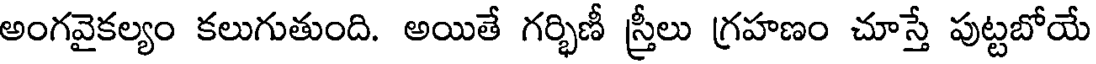
అంగవైకల్యం కలుగుతుంది. అయితే గర్భిణీ స్త్రీలు గ్రహణం చూస్తే పుట్టబోయే